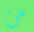
من